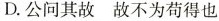
D.公问其故故不为苟得也